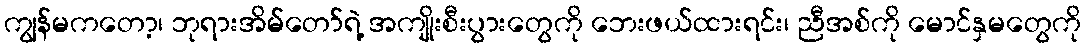
ကျွန်မကတော့၊ ဘုရားအိမ်တော်ရဲ့ အကျိုးစီးပွားတွေကို ဘေးဖယ်ထားရင်း၊ ညီအစ်ကို မောင်နှမတွေကို